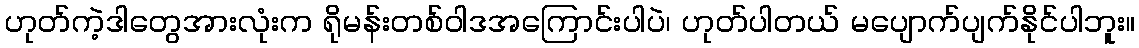
ဟုတ်ကဲ့ဒါတွေအားလုံးက ရိုမန်းတစ်ဝါဒအကြောင်းပါပဲ၊ ဟုတ်ပါတယ် မပျောက်ပျက်နိုင်ပါဘူး။